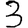
Digit: 3